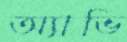
অ্যাভি